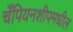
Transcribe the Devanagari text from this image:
चँपियनशीपमधील